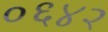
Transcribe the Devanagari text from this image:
०६४२